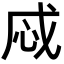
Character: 𢘱